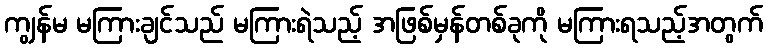
ကျွန်မ မကြားချင်သည် မကြားရဲသည့် အဖြစ်မှန်တစ်ခုကို မကြားရသည့်အတွက်